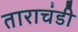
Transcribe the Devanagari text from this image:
ताराचंडी